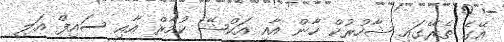
އޭގެ ތެރޭގައި ޝާހުރުކް ހާން އާއި އަކްޝޭ ކުމާރް އާއި ސައިފް އަލީ